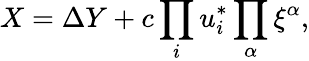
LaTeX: X=\Delta Y+c\prod_{i}u_{i}^{*}\prod_{\alpha}\xi^{\alpha},